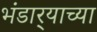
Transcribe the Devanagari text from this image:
भंडार्‍याच्या